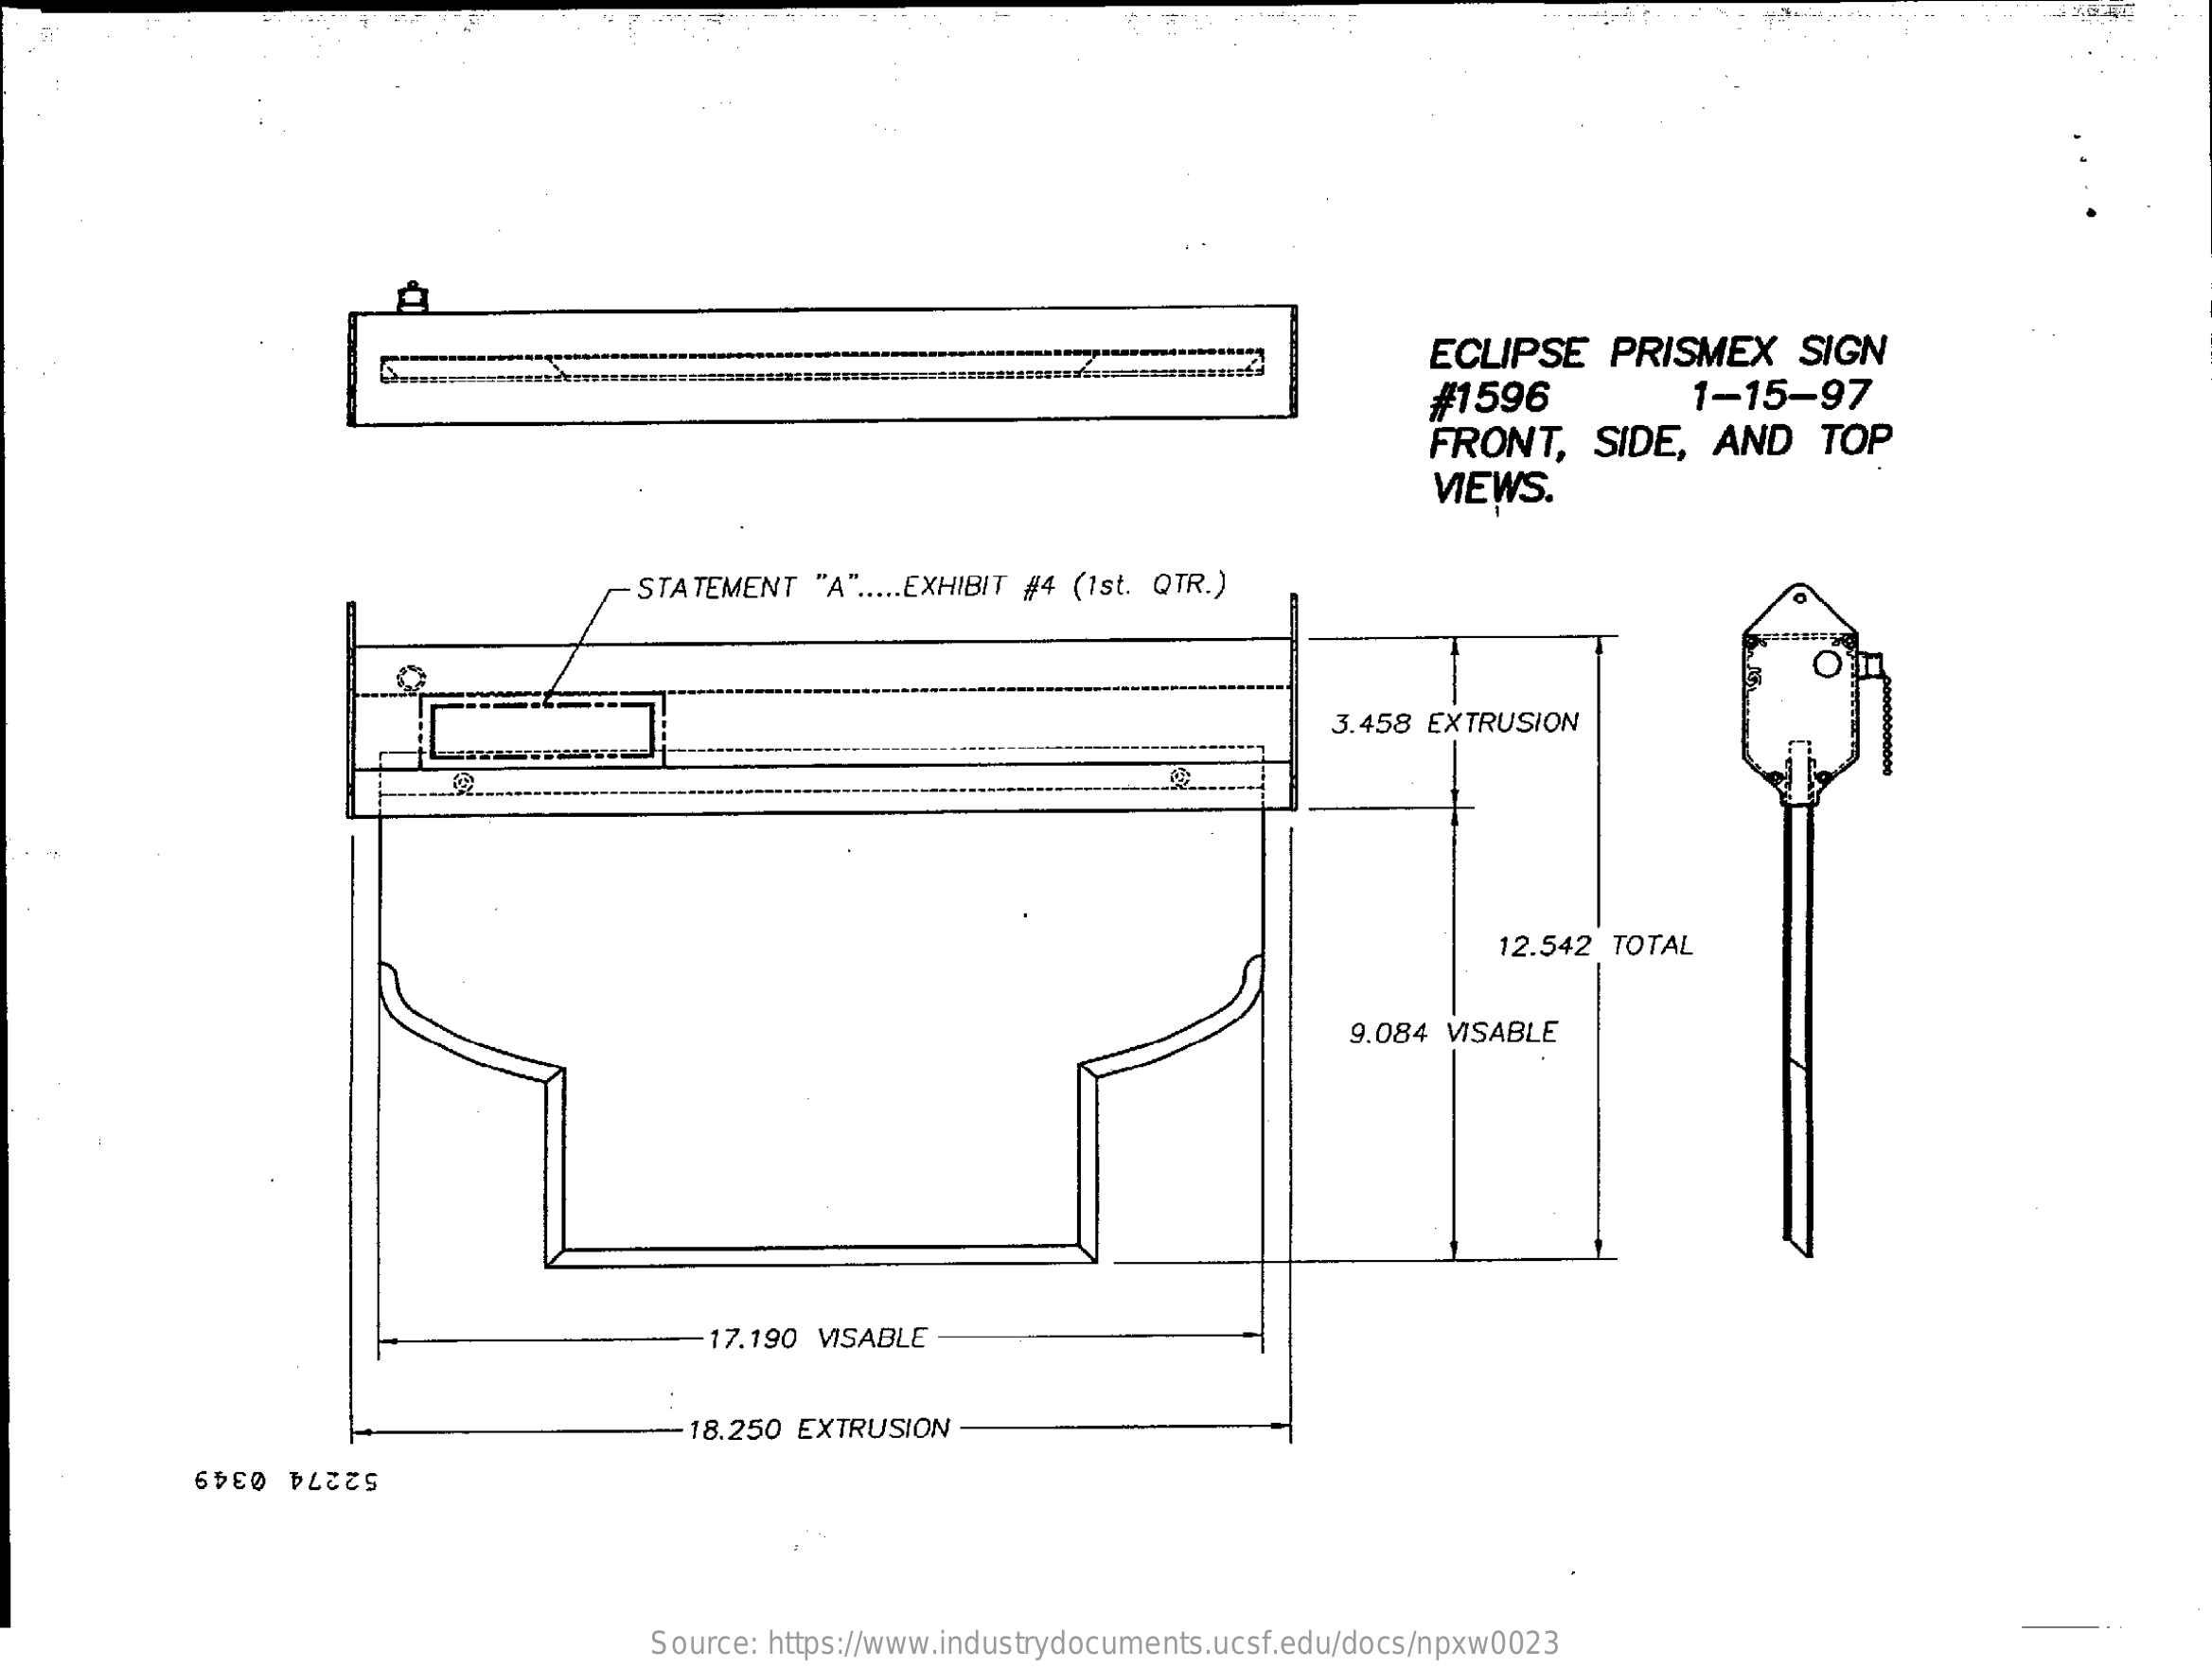
ECLIPSE    PRISMEX    SIGN
     #1596    1-15-97
     FRONT,    SIDE,  AND    TOP
     VIEWS.
     STATEMENT  "A" ..... EXHIBIT #4 (1st. QTR.)
     O
     3.458 EXTRUSION
     12.542 TOTAL
     9.084 VISABLE
     17.190 VISABLE
     18.250 EXTRUSION
     52274 0349
     Source: https://www.industrydocuments.ucsf.edu/docs/npxw0023